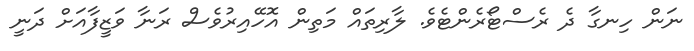
ނަން ހިނގާ ދެ ރެސްޓޯރެންޓެވެ. ލާރިތައް މަތިން އޮހޭއިރުވެސް ރަނާ ވަޒީފާއަށް ދަނީ